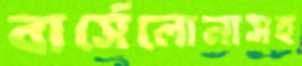
বার্সেলোনাসহ